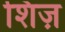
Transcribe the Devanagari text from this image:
शिज़